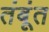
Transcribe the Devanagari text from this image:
तंबूंत